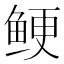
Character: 鲠